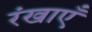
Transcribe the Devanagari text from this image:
रंखाएँ